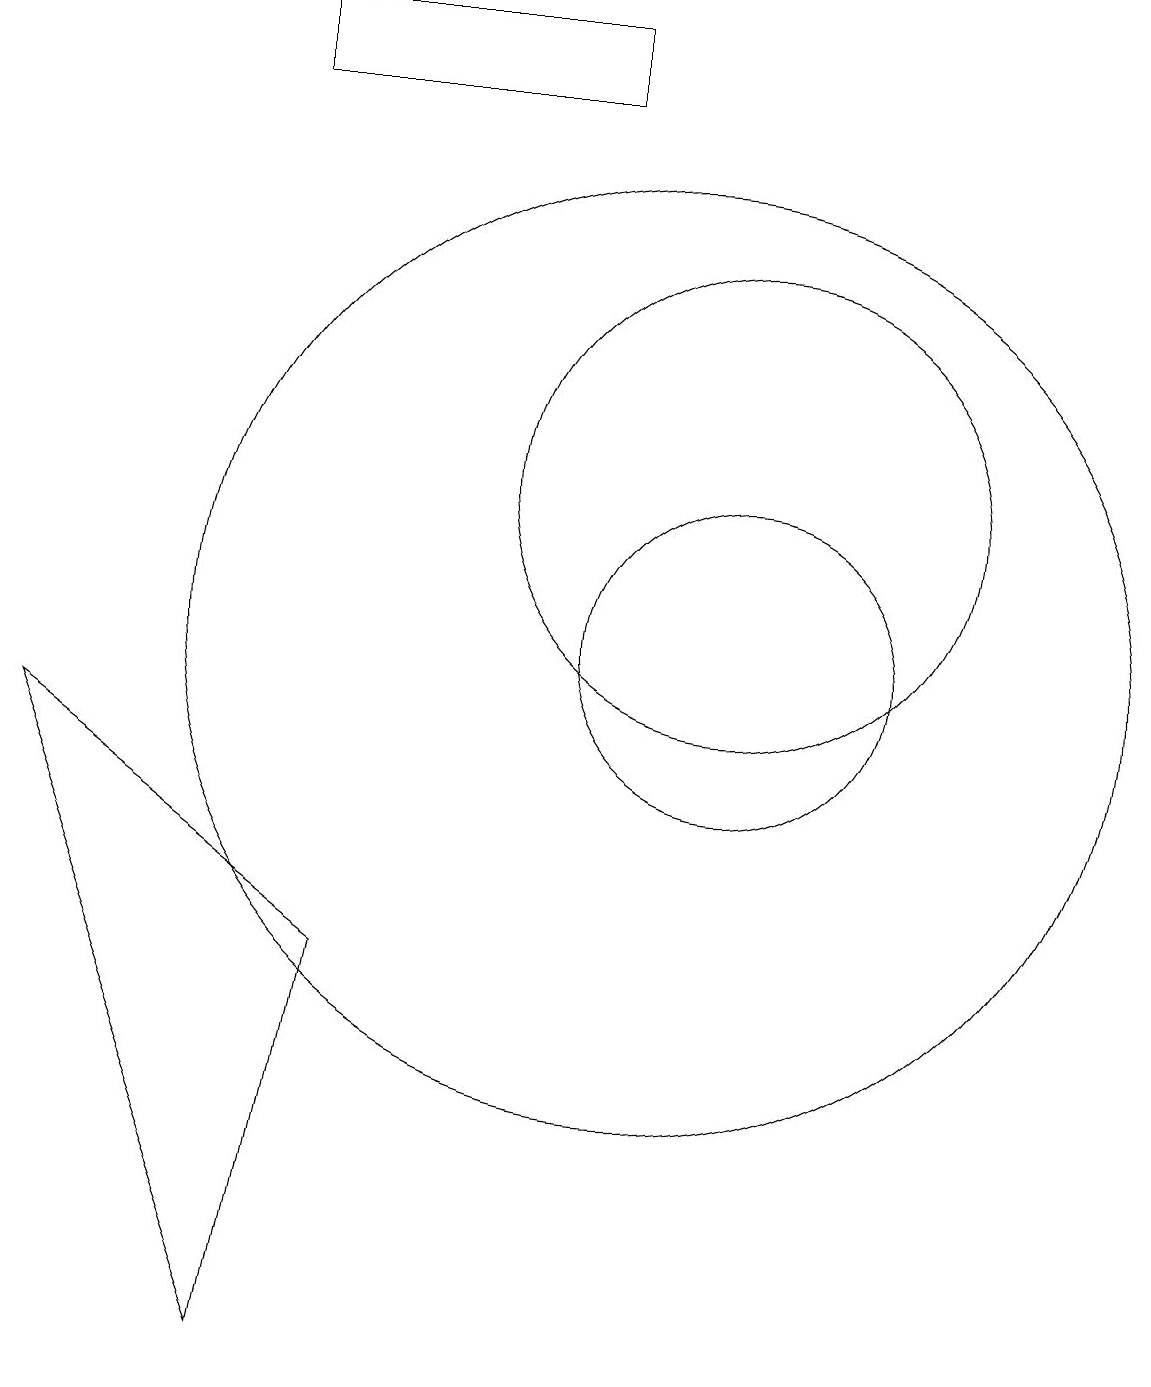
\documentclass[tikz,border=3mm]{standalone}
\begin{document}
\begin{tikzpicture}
\draw (2,9) -- (5,1) -- (6,6) -- cycle;
\draw (11,10) circle (2);
\draw (10,10) circle (6);
\draw (11,12) circle (3);
\draw (9,18) rectangle (5,17);
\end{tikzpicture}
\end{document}